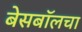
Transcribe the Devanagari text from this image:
बेसबॉलचा